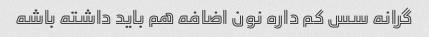
گرانه سس کم داره نون اضافه هم باید داشته باشه